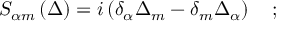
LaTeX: S _ { \alpha m } \left( \Delta \right) = i \left( \delta _ { \alpha } \Delta _ { m } - \delta _ { m } \Delta _ { \alpha } \right) \quad ;